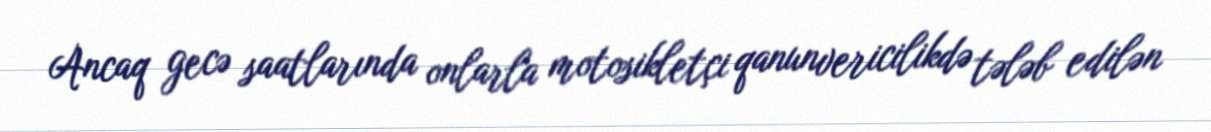
Ancaq gecə saatlarında onlarla motosikletçi qanunvericilikdə tələb edilən